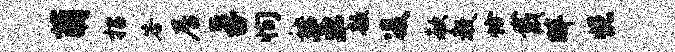
萌招答居孚恂秧王歆凌欷教恰戴畔悦